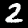
Digit: 2